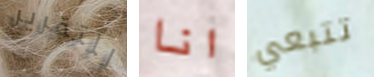
للتقرير انا تتبعي